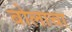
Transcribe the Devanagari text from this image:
बोलाचा